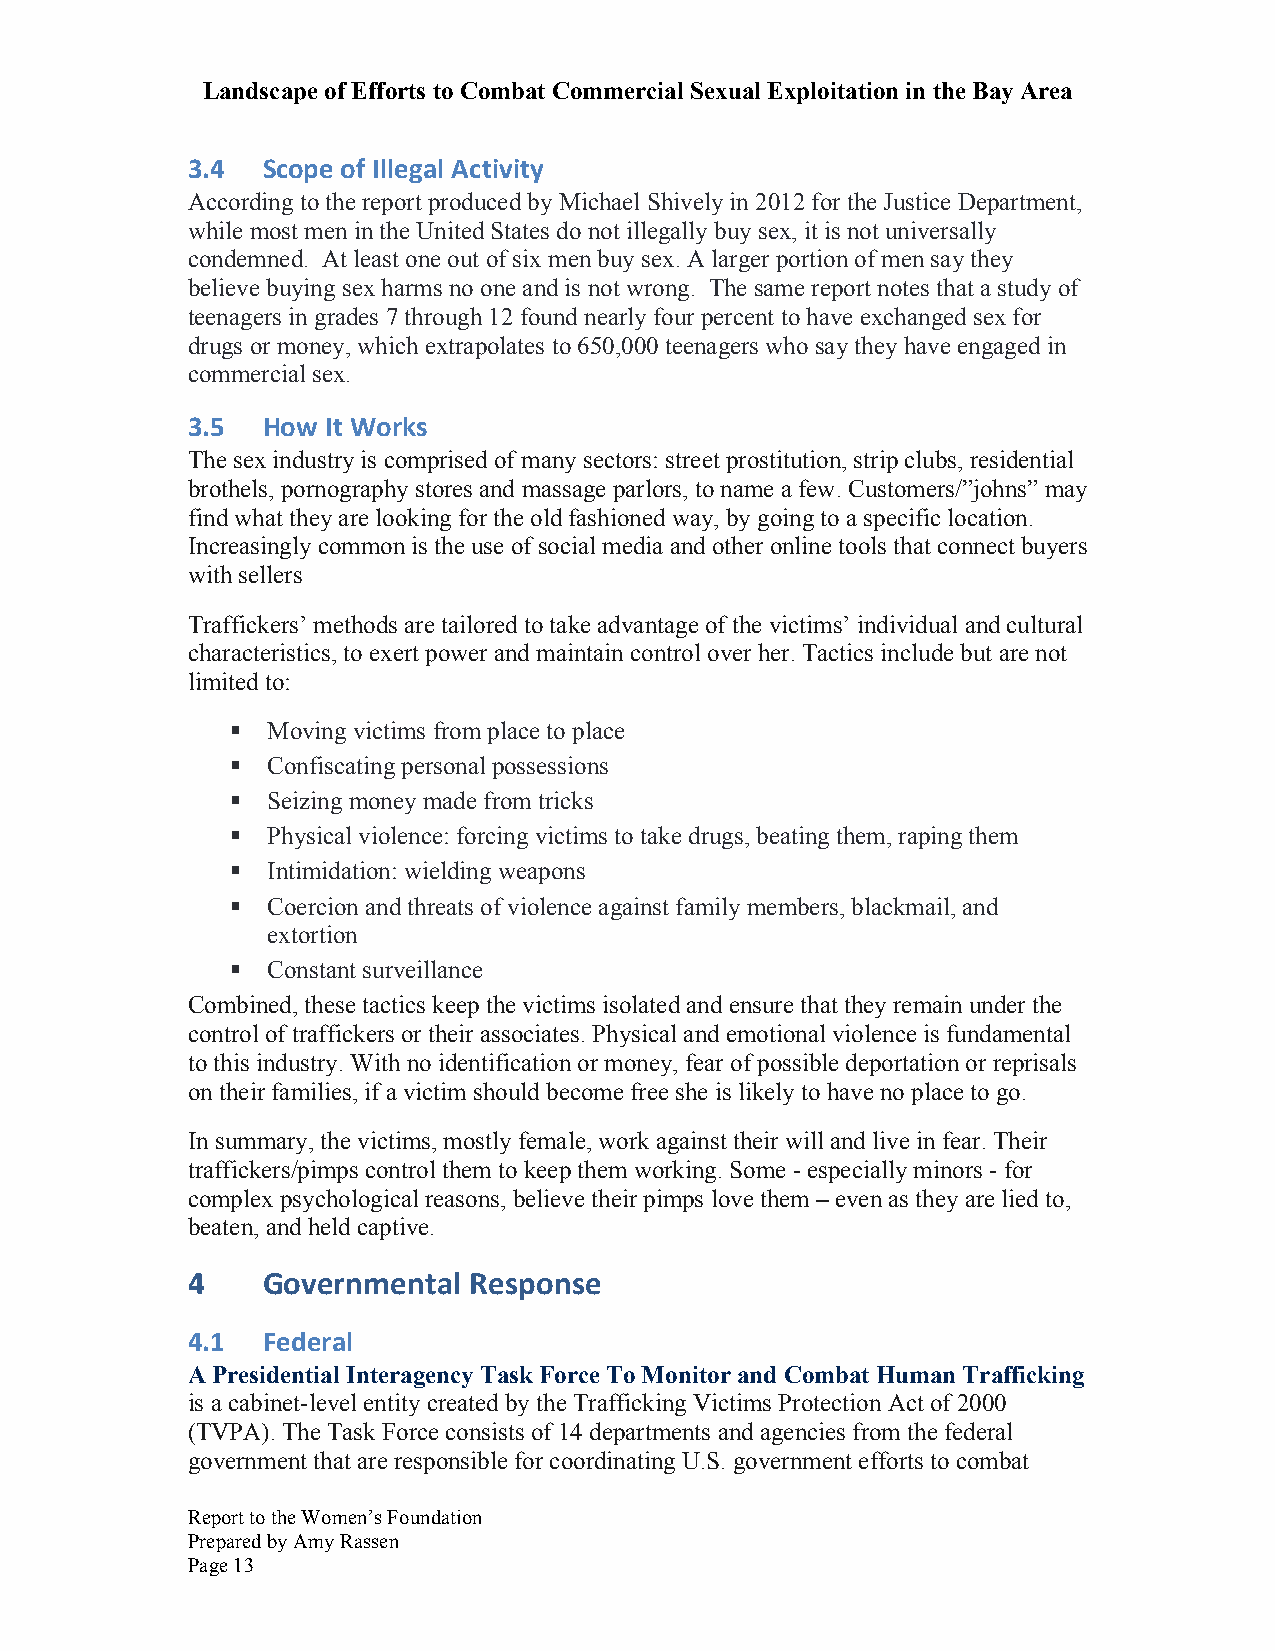
Landscape of Efforts to Combat Commercial Sexual Exploitation in the Bay Area
 3.4  Scope of Illegal Activity
 According to the report produced by Michael Shively in 2012 for the Justice Department,
 while most men in the United States do not illegally buy sex, it is not universally
 condemned. At least one out of six men buy sex. A larger portion of men say they
 believe buying sex harms no one and is not wrong. The same report notes that a study of
 teenagers in grades 7 through 12 found nearly four percent to have exchanged sex for
 drugs or money, which extrapolates to 650,000 teenagers who say they have engaged in
 commercial sex.
 3.5  How  It Works
 The sex industry is comprised of many sectors: street prostitution, strip clubs, residential
 brothels, pornography stores and massage parlors, to name a few. Customers/”johns” may
 find what they are looking for the old fashioned way, by going to a specific location.
 Increasingly common is the use of social media and other online tools that connect buyers
 with sellers
 Traffickers’ methods are tailored to take advantage of the victims’ individual and cultural
 characteristics, to exert power and maintain control over her. Tactics include but are not
 limited to:
 § Moving victims from place to place
 § Confiscating personal possessions
 § Seizing money made from tricks
 § Physical violence: forcing victims to take drugs, beating them, raping them
 § Intimidation: wielding weapons
 § Coercion and threats of violence against family members, blackmail, and
 extortion
 § Constant surveillance
 Combined, these tactics keep the victims isolated and ensure that they remain under the
 control of traffickers or their associates. Physical and emotional violence is fundamental
 to this industry. With no identification or money, fear of possible deportation or reprisals
 on their families, if a victim should become free she is likely to have no place to go.
 In summary, the victims, mostly female, work against their will and live in fear. Their
 traffickers/pimps control them to keep them working. Some - especially minors - for
 complex psychological reasons, believe their pimps love them – even as they are lied to,
 beaten, and held captive.
 4    Governmental  Response
 4.1  Federal
 A Presidential Interagency Task Force To Monitor and Combat Human Trafficking
 is a cabinet-level entity created by the Trafficking Victims Protection Act of 2000
 (TVPA). The Task Force consists of 14 departments and agencies from the federal
 government that are responsible for coordinating U.S. government efforts to combat
 Report to the Women’s Foundation
 Prepared by Amy Rassen
 Page 13